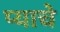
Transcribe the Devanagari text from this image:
प्याचे